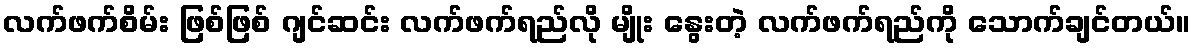
လက်ဖက်စိမ်း ဖြစ်ဖြစ် ဂျင်ဆင်း လက်ဖက်ရည်လို မျိုး နွေးတဲ့ လက်ဖက်ရည်ကို သောက်ချင်တယ်။